Vaccine operations Central Provinces 1868-1885 - 1868-1885
Year: 1868
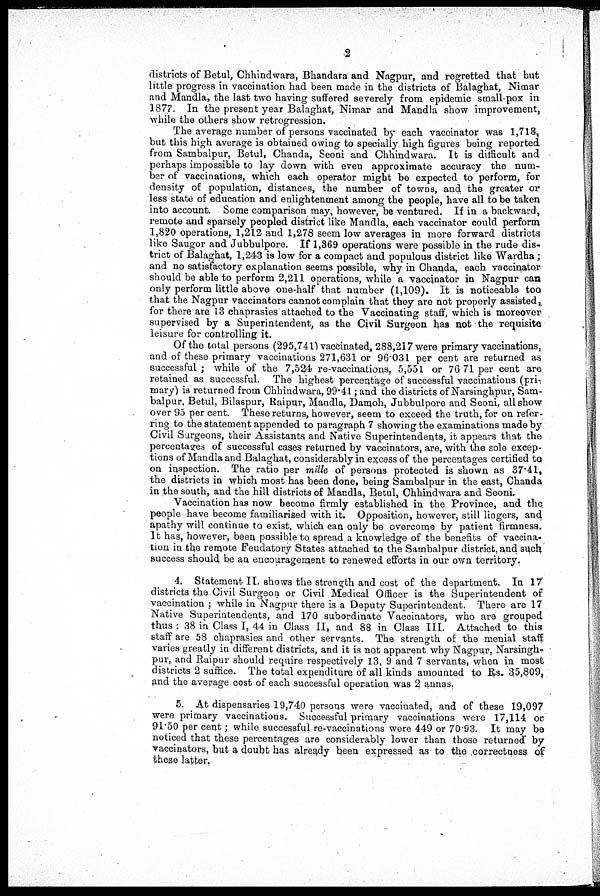
2
districts of Betul, Chhindwara, Bhandara and Nagpur, and regretted that but
little progress in vaccination had been made in the districts of Balaghat, Nimar
and Mandla, the last two having suffered severely from epidemic small-pox in
1877. In the present year Balaghat, Nimar and Mandla show improvement,
while the others show retrogression.
The average number of persons vaccinated by each vaccinator was 1,708.
but this high average is obtained owing to specially high figures being reported
from Sambalpur, Betul, Chanda, Seoni and Chhindwara. It is difficult and
perhaps impossible to lay down with even approximate accuracy the num-
ber of vaccinations, which each operator might be expected to perform, for
density of population, distances, the number of towns, and the greater or
less state of education and enlightenment among the people, have all to be taken
into account. Some comparison may, however, be ventured. If in a backward,
remote and sparsely peopled district like Mandla, each vaccinator could perform,
1,820 operations, 1,212 and 1,278 seem low averages in more forward districts
like Saugor and Jubbulpore. If 1,369 operations were possible in the rude dis-
trict of Balaghat, 1,243 is low for a compact and populous district like Wardha;
and no satisfactory explanation seems possible, why in Chanda, each vaccinator
should be able to perform 2,211 operations, while a vaccinator in Nagpur can
only perform little above one-half that number (1,109). It is noticeable too
that the Nagpur vaccinators cannot complain that they are not properly assisted,
for there are 13 chaprasies attached to the Vaccinating staff, which is moreover
supervised by a Superintendent, as the Civil Surgeon has not the requisite
leisure for controlling it.
Of the total persons (295,741) vaccinated, 288,217 were primary vaccinations,
and of these primary vaccinations 271,631 or 96.031 per cent are returned as
successful; while of the 7,524 re-vaccinations, 5,551 or 76.71 per cent are
retained as successful. The highest percentage of successful vaccinations (pri-
mary) is returned from Chhindwara, 99.41; and the districts of Narsinghpur, Sam-
balpur, Betul, Bilaspur, Raipur, Mandla, Damoh, Jubbulpore and Seoni, all show
over 95 per cent. These returns, however, seem to exceed the truth, for on refer-
ring to the statement appended to paragraph 7 showing the examinations made by
Civil Surgeons, their Assistants and Native Superintendents, it appears that the
percentages of successful cases returned by vaccinators, are, with the sole excep-
tions of Mandla and Balaghat, considerably in excess of the percentages certified to
on inspection. The ratio per mille of persons protected is shown as 37.41,
the districts in which most has been done, being Sambalpur in the east, Chanda
in the south, and the hill districts of Mandla, Betul, Chhindwara and Seoni.
Vaccination has now become firmly established in the Province, and the,
people have become familiarised with it. Opposition, however, still lingers, and
apathy will continue to exist, which can only be overcome by patient firmness.
It has, however, been possible to spread a knowledge of the benefits of vaccina-
tion in the remote Feudatory States attached to the Sambalpur district, and such
success should be an encouragement to renewed efforts in our own territory.
4. Statement II. shows the strength and cost of the department. In 17
districts the Civil Surgeon or Civil Medical Officer is the Superintendent of
vaccination ; while in Nagpur there is a Deputy Superintendent. There are 17
Native Superintendents, and 170 subordinate Vaccinators, who are grouped
thus : 38 in Class I, 44 in Class II, and 88 in Class III. Attached to this
staff are 58 chaprasies and other servants. The strength of the menial staff
varies greatly in different districts, and it is not apparent why Nagpur, Narsingh¬
pur, and Raipur should require respectively 13, 9 and 7 servants, when in most
districts 2 suffice. The total expenditure of all kinds amounted to Rs. 35,809,
and the average cost of each successful operation was 2 annas.
5. At dispensaries 19,740 persons were vaccinated, and of these 19,097
were primary vaccinations. Successful primary vaccinations were 17,114 or
91.50 per cent ; while successful re-vaccinations were 449 or 70.93. It may be
noticed that these percentages are considerably lower than those returned by
vaccinators, but a doubt has already been expressed as to the correctness of
these latter.